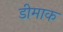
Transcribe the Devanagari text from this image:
डीमाक